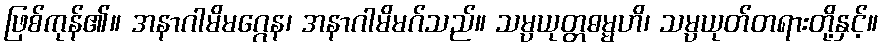
ဖြစ်ကုန်၏။ အနာဂါမိမဂ္ဂေန၊ အနာဂါမိမဂ်သည်။ သမ္ပယုတ္တဓမ္မဟိ၊ သမ္ပယုတ်တရားတို့နှင့်။